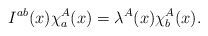
\begin{align*}I^{ab}(x)\chi_{a}^{A}(x)=\lambda^{A}(x)\chi_{b}^{A}(x).\end{align*}